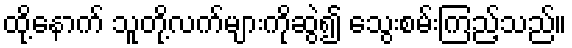
ထို့နောက် သူတို့လက်များကိုဆွဲ၍ သွေးစမ်းကြည့်သည်။